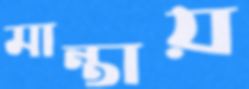
মান্তায়